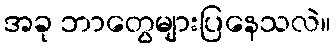
အခု ဘာတွေများပြနေသလဲ။